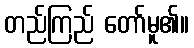
တည်ကြည် တော်မူ၏။